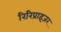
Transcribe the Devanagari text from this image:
रिरिप्राइजर